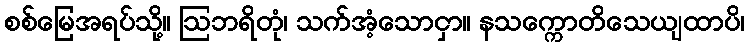
စစ်မြေအရပ်သို့။ ဩဘရိတုံ၊ သက်အံ့သောငှာ။ နသက္ကောတိသေယျထာပိ၊